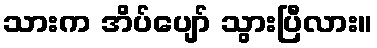
သားက အိပ်ပျော် သွားပြီလား။